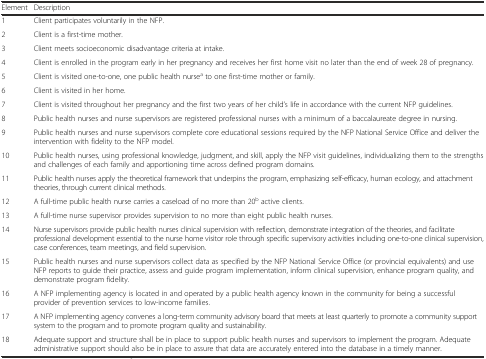
<table><thead><tr><td><b>Element</b></td><td><b>Description</b></td></tr></thead><tbody><tr><td>1</td><td>Client participates voluntarily in the NFP.</td></tr><tr><td>2</td><td>Client is a first-time mother.</td></tr><tr><td>3</td><td>Client meets socioeconomic disadvantage criteria at intake.</td></tr><tr><td>4</td><td>Client is enrolled in the program early in her pregnancy and receives her first home visit no later than the end of week 28 of pregnancy.</td></tr><tr><td>5</td><td>Client is visited one-to-one, one public health nurse<sup>a</sup> to one first-time mother or family.</td></tr><tr><td>6</td><td>Client is visited in her home.</td></tr><tr><td>7</td><td>Client is visited throughout her pregnancy and the first two years of her child’s life in accordance with the current NFP guidelines.</td></tr><tr><td>8</td><td>Public health nurses and nurse supervisors are registered professional nurses with a minimum of a baccalaureate degree in nursing.</td></tr><tr><td>9</td><td>Public health nurses and nurse supervisors complete core educational sessions required by the NFP National Service Office and deliver the intervention with fidelity to the NFP model.</td></tr><tr><td>10</td><td>Public health nurses, using professional knowledge, judgment, and skill, apply the NFP visit guidelines, individualizing them to the strengths and challenges of each family and apportioning time across defined program domains.</td></tr><tr><td>11</td><td>Public health nurses apply the theoretical framework that underpins the program, emphasizing self-efficacy, human ecology, and attachment theories, through current clinical methods.</td></tr><tr><td>12</td><td>A full-time public health nurse carries a caseload of no more than 20<sup>b</sup> active clients.</td></tr><tr><td>13</td><td>A full-time nurse supervisor provides supervision to no more than eight public health nurses.</td></tr><tr><td>14</td><td>Nurse supervisors provide public health nurses clinical supervision with reflection, demonstrate integration of the theories, and facilitate professional development essential to the nurse home visitor role through specific supervisory activities including one-to-one clinical supervision, case conferences, team meetings, and field supervision.</td></tr><tr><td>15</td><td>Public health nurses and nurse supervisors collect data as specified by the NFP National Service Office (or provincial equivalents) and use NFP reports to guide their practice, assess and guide program implementation, inform clinical supervision, enhance program quality, and demonstrate program fidelity.</td></tr><tr><td>16</td><td>A NFP implementing agency is located in and operated by a public health agency known in the community for being a successful provider of prevention services to low-income families.</td></tr><tr><td>17</td><td>A NFP implementing agency convenes a long-term community advisory board that meets at least quarterly to promote a community support system to the program and to promote program quality and sustainability.</td></tr><tr><td>18</td><td>Adequate support and structure shall be in place to support public health nurses and supervisors to implement the program. Adequate administrative support should also be in place to assure that data are accurately entered into the database in a timely manner.</td></tr></tbody></table>